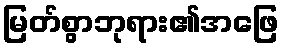
မြတ်စွာဘုရား၏အဖြေ